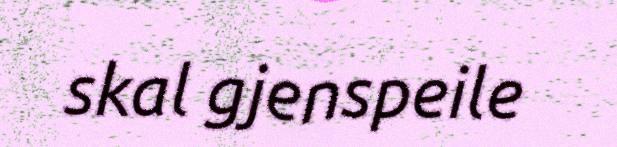
skal gjenspeile